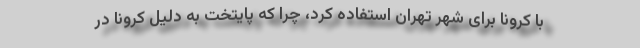
با کرونا برای شهر تهران استفاده کرد، چرا که پایتخت به دلیل کرونا در